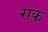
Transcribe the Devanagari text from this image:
राक्‌